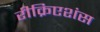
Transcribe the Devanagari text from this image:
रीक्रिएशंस